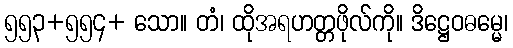
၅၅၃+၅၅၄+ သော။ တံ၊ ထိုအရဟတ္တဖိုလ်ကို။ ဒိဋ္ဌေဝဓမ္မေ၊